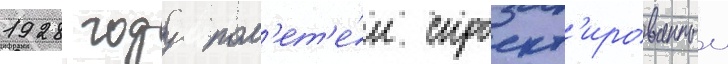
1928 году пол'ет'е́л спроект'ированныи